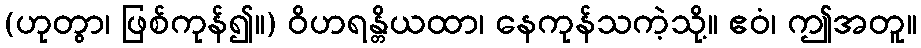
(ဟုတွာ၊ ဖြစ်ကုန်၍။) ဝိဟရန္တိယထာ၊ နေကုန်သကဲ့သို့။ ဧဝံ၊ ဤအတူ။